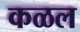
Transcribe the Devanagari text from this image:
कळल